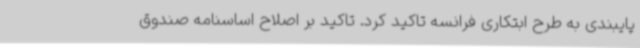
پایبندی به طرح ابتکاری فرانسه تاکید کرد. تاکید بر اصلاح اساسنامه صندوق